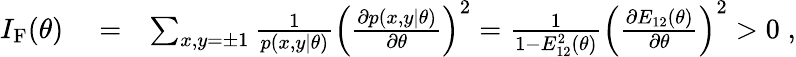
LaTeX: \begin{array}{rlr}{I_{\mathrm{F}}(\theta)}&{{}=}&{\sum_{x,y=\pm 1}\frac{1}{p(x,y|\theta)}\left(\frac{\partial p(x,y|\theta)}{\partial\theta}\right)^{2}=\frac{1}{1-E_{12}^{2}(\theta)}\left(\frac{\partial E_{12}(\theta)}{\partial\theta}\right)^{2}>0\; ,}\end{array}